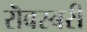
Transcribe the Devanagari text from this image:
रॊवस्बरी